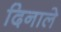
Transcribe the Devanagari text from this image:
दिनाले